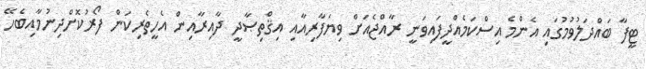
ޓީފާ ބައްދަލުވުމުގައި އެންމެ އިސްކަމެއްދީފައިވަނީ ރާއްޖެއަށް ވިޔަފާރިއާއި އިޤްތިޞާދީ ދާއިރާއިން އެހީތެރިކަން ފޯރުކޮށްދިނުމާއިބެހޭ